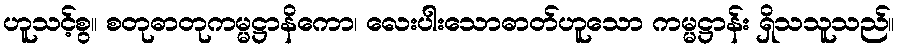
ဟူသင့်စွ။ စတုဓာတုကမ္မဋ္ဌာနိကော၊ လေးပါးသောဓာတ်ဟူသော ကမ္မဋ္ဌာန်း ရှိသသူသည်။